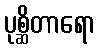
ပုစ္ဆိတာရော